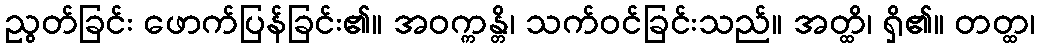
ညွတ်ခြင်း ဖောက်ပြန်ခြင်း၏။ အဝက္ကန္တိ၊ သက်ဝင်ခြင်းသည်။ အတ္ထိ၊ ရှိ၏။ တတ္ထ၊